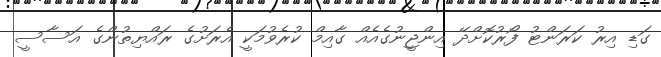
ގަޑި އިރު ކަރަންޓު ފޯރުކޮށްދޭ އިންޖީނުގެއެއް ގާއިމް ކުރެވުމަކީ އެރަށުގެ ރައްޔިތުންގެ އަސާސީ